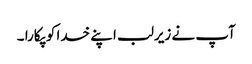
آپ نے زیرلب اپنے خدا کو پکارا ۔